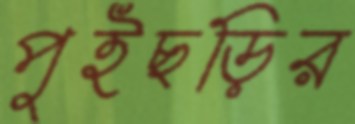
পুইছড়ির